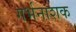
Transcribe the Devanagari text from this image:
गर्भनाशक